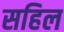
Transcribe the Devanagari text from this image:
सहिल